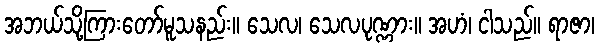
အဘယ်သို့ကြားတော်မူသနည်း။ သေလ၊ သေလပုဏ္ဏား။ အဟံ၊ ငါသည်။ ရာဇာ၊